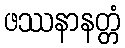
ဖဿနာနတ္တံ